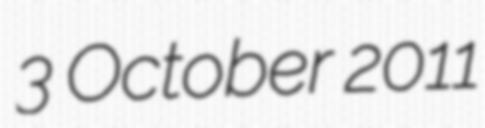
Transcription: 3 October 2011